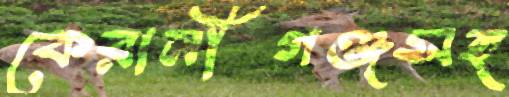
কেরানীগঞ্জসহ